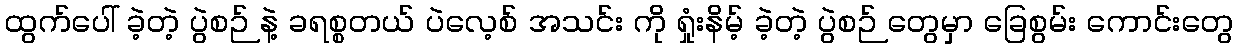
ထွက်ပေါ် ခဲ့တဲ့ ပွဲစဉ် နဲ့ ခရစ္စတယ် ပဲလေ့စ် အသင်း ကို ရှုံးနိမ့် ခဲ့တဲ့ ပွဲစဉ် တွေမှာ ခြေစွမ်း ကောင်းတွေ